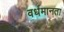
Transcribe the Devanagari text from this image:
वर्धमानता